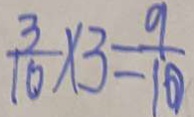
\frac { 3 } { 1 0 } \times 3 = \frac { 9 } { 1 0 }